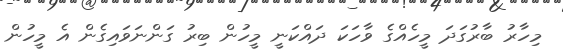
މިހާރު ބާރުގަދަ މީހެއްގެ ވާހަކަ ދައްކަނީ މީހުން ބިރު ގަންނަވައިގެން އެ މީހުން